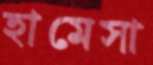
হামেসা